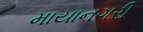
માયાનગરી